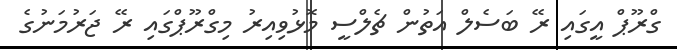
ގްރޫޕް އީގައި ރޭ ބަސެލް އަތުން ޗެލްސީ މޮޅުވިއިރު މިގްރޫޕްގައި ރޭ ޖަރުމަނުގެ